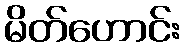
မိတ်ဟောင်း